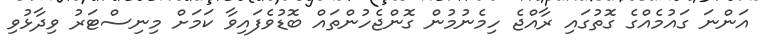
އަންނަ ގައުމެއްގެ ގޮތުގައި ރާއްޖެ ހިމެނުމުން ގޮންޖެހުންތައް ބޮޑުވެފައިވާ ކަމަށް މިނިސްޓަރު ވިދާޅުވި